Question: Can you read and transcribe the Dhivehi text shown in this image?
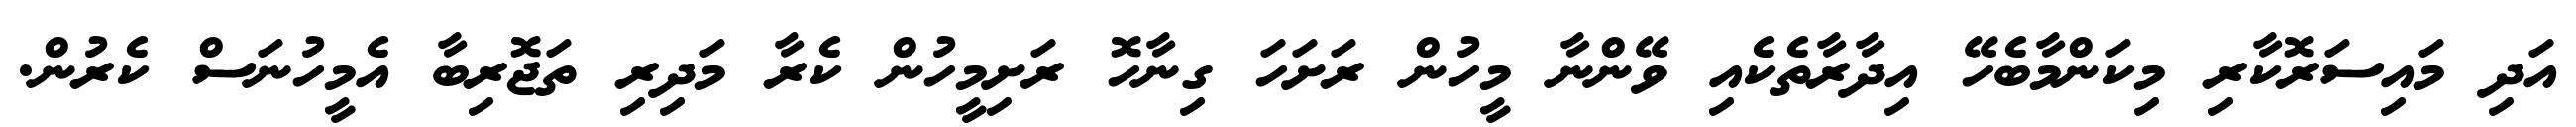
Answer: އަދި މައިސަރޮކާރި މިކަންމާބެހޭ އިދާރާތެކެއި ވޭންނާ މީހުން ރަށަހަ ގިނާހޮ ރަށިމީހުން ކެރާ މަދިރި ތަޖޮރިބާ އެމީހުނަސް ކެރުން.